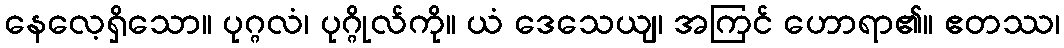
နေလေ့ရှိသော။ ပုဂ္ဂလံ၊ ပုဂ္ဂိုလ်ကို။ ယံ ဒေသေယျ၊ အကြင် ဟောရာ၏။ ဧတဿ၊